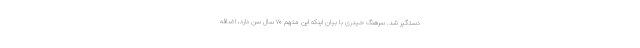
دستگیر شد. سرهنگ حیدری با بیان اینکه این متهم ۷۰ سال سن دارد، اضافه